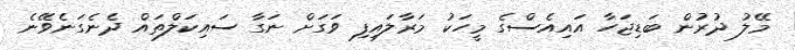
މޭލު ދުރުން ބަޑިޖަހާ އައިއެސްގެ މީހަކު މަރާލައިފި ވަގަށް ނަގާ ސައިކަލްތައް ދެނެގަނެވޭނެ